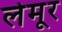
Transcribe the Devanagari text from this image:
लेमूर